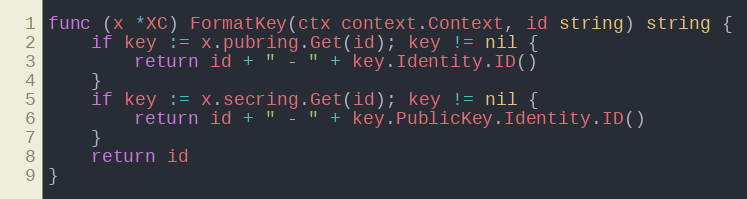
Language: Go
func (x *XC) FormatKey(ctx context.Context, id string) string {
	if key := x.pubring.Get(id); key != nil {
		return id + " - " + key.Identity.ID()
	}
	if key := x.secring.Get(id); key != nil {
		return id + " - " + key.PublicKey.Identity.ID()
	}
	return id
}